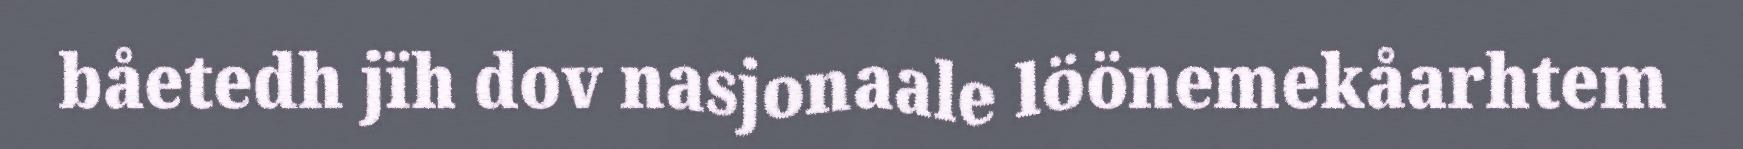
båetedh jïh dov nasjonaale löönemekåarhtem